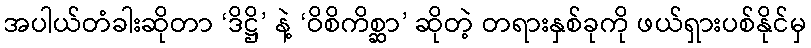
အပါယ်တံခါးဆိုတာ ‘ဒိဋ္ဌိ’ နဲ့ ‘ဝိစိကိစ္ဆာ’ ဆိုတဲ့ တရားနှစ်ခုကို ဖယ်ရှားပစ်နိုင်မှ